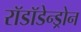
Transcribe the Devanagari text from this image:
रॉडॉडेन्ड्रोन